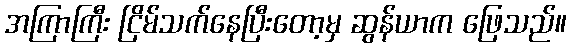
အကြာကြီး ငြိမ်သက်နေပြီးတော့မှ ဆွန်ယာက ဖြေသည်။